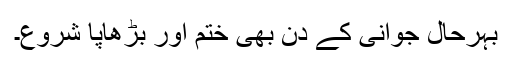
بہرحال جوانی کے دن بھی ختم اور بڑھاپا شروع۔